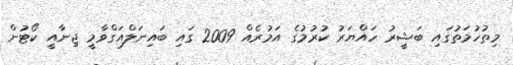
މިތުހުމަތުގައި ބަޝީރު ހައްޔަރު ކުރުމުގެ އަމުރެއް 2009 ގައި ބައިނަލްއަގްވާމީ ޖިނާއީ ކޯޓުން